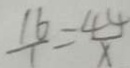
\frac { 1 6 } { 1 } = \frac { 4 4 } { x }